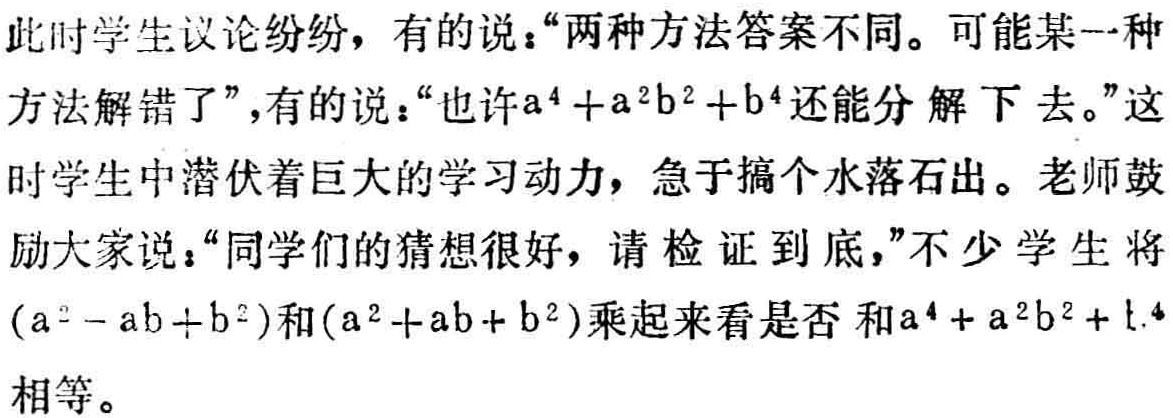
此时学生议论纷纷，有的说：“两种方法答案不同。可能某一种
方法解错了”，有的说：“也许\(a^{4}+a^{2}b^{2}+b^{4}\)还能分解下去。”这
时学生中潜伏着巨大的学习动力，急于搞个水落石出。老师鼓
励大家说：“同学们的猜想很好，请检证到底，”不少学生将
\((a^{2}-ab + b^{2})\)和\((a^{2}+ab + b^{2})\)乘起来看是否和\(a^{4}+a^{2}b^{2}+b^{4}\)
相等。